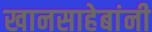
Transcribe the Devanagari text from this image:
खानसाहेबांनी